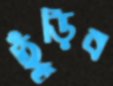
ছুঁড়িব